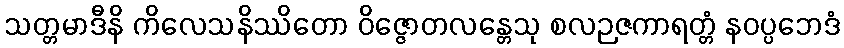
သတ္တမာဒီနိ ကိလေသနိဿိတော ဝိဇ္ဇောတလန္တေသု စလဉဇကာရတ္တံ နဝပ္ပဘေဒံ